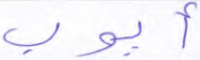
أيوب